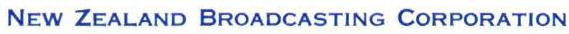
NEW ZEALAND BROADCASTING CORPORATION